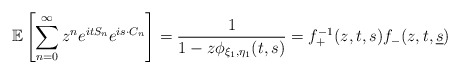
\begin{align*}\mathbb{E}\left[ \sum_{n=0}^{\infty} z^n e^{i t S_n} e^{i {s} \cdot {C}_n} \right]= \frac{1}{1-z \phi_{\xi_1,{\eta_1}}(t,{s})}= f^{-1}_{+}(z, t, s) f_{-}(z, t, \underline{s})\end{align*}